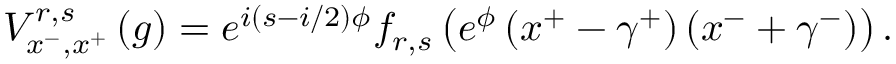
V _ { x ^ { - } , x ^ { + } } ^ { r , s } \left( g \right) = e ^ { i \left( s - i / 2 \right) \phi } f _ { r , s } \left( e ^ { \phi } \left( x ^ { + } - \gamma ^ { + } \right) \left( x ^ { - } + \gamma ^ { - } \right) \right) .